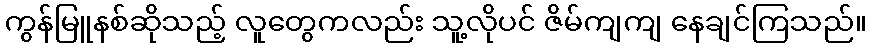
ကွန်မြူနစ်ဆိုသည့် လူတွေကလည်း သူ့လိုပင် ဇိမ်ကျကျ နေချင်ကြသည်။